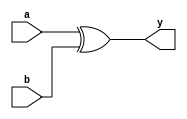
// xor_gate.v
module xor_gate (
    input wire a,
    input wire b,
    output wire y
);
    assign y = a ^ b; // XOR operation
endmodule